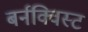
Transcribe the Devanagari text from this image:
बर्नक्विस्ट